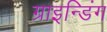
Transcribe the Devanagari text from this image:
ग्राइन्डिंग